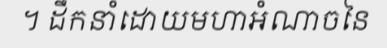
។ ដឹកនាំដោយមហាអំណាចនៃ